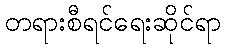
တရားစီရင်ရေးဆိုင်ရာ